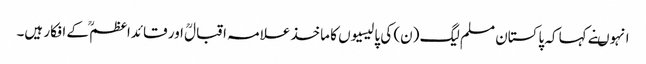
انہوںنے کہا کہ پاکستان مسلم لیگ (ن) کی پالیسیوں کا ماخذ علامہ اقبالؒ اور قائداعظمؒ کے افکار ہیں۔